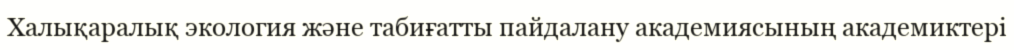
Халықаралық экология және табиғатты пайдалану академиясының академиктері